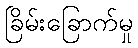
ခြိမ်းခြောက်မှု